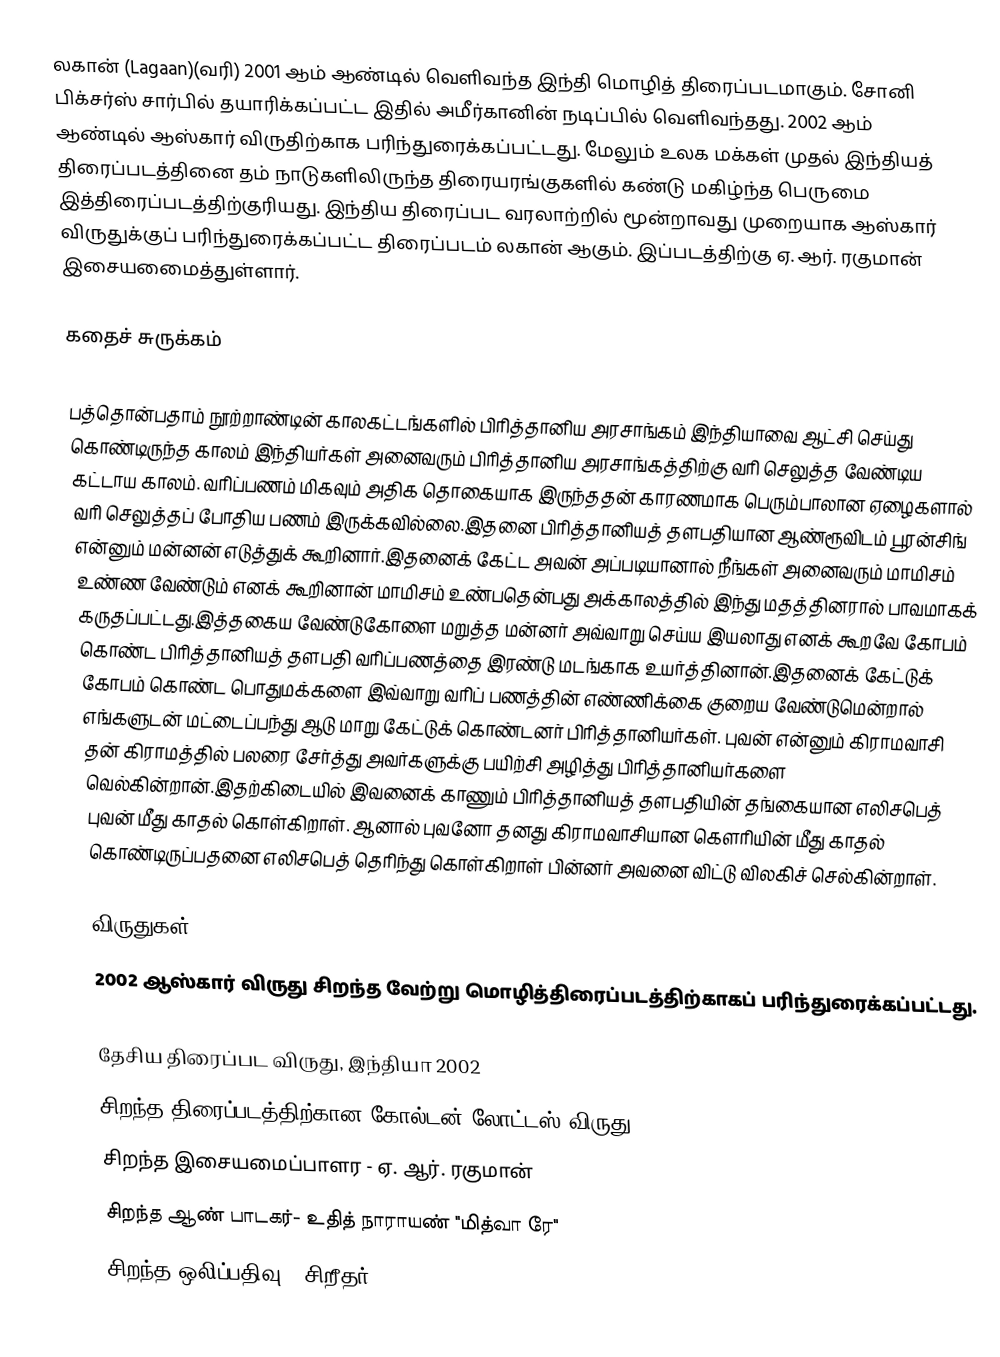
லகான் (Lagaan)(வரி)  2001 ஆம் ஆண்டில் வெளிவந்த இந்தி மொழித் திரைப்படமாகும். சோனி பிக்சர்ஸ் சார்பில் தயாரிக்கப்பட்ட இதில் அமீர்கானின் நடிப்பில் வெளிவந்தது. 2002 ஆம் ஆண்டில் ஆஸ்கார் விருதிற்காக பரிந்துரைக்கப்பட்டது.  மேலும் உலக மக்கள் முதல் இந்தியத் திரைப்படத்தினை தம் நாடுகளிலிருந்த திரையரங்குகளில் கண்டு மகிழ்ந்த பெருமை இத்திரைப்படத்திற்குரியது. இந்திய திரைப்பட வரலாற்றில் மூன்றாவது முறையாக ஆஸ்கார் விருதுக்குப் பரிந்துரைக்கப்பட்ட திரைப்படம் லகான் ஆகும். இப்படத்திற்கு ஏ. ஆர். ரகுமான் இசையமைைத்துள்ளார்.

கதைச் சுருக்கம்

பத்தொன்பதாம் நூற்றாண்டின் காலகட்டங்களில் பிரித்தானிய அரசாங்கம் இந்தியாவை ஆட்சி செய்து கொண்டிருந்த காலம் இந்தியர்கள் அனைவரும் பிரித்தானிய அரசாங்கத்திற்கு வரி செலுத்த வேண்டிய கட்டாய காலம். வரிப்பணம் மிகவும் அதிக தொகையாக இருந்ததன் காரணமாக பெரும்பாலான ஏழைகளால் வரி செலுத்தப் போதிய பணம் இருக்கவில்லை.இதனை பிரித்தானியத் தளபதியான ஆண்ரூவிடம் பூரன்சிங் என்னும் மன்னன் எடுத்துக் கூறினார்.இதனைக் கேட்ட அவன் அப்படியானால் நீங்கள் அனைவரும் மாமிசம் உண்ண வேண்டும் எனக் கூறினான் மாமிசம் உண்பதென்பது அக்காலத்தில் இந்து மதத்தினரால் பாவமாகக் கருதப்பட்டது.இத்தகைய வேண்டுகோளை மறுத்த மன்னர் அவ்வாறு செய்ய இயலாது எனக் கூறவே கோபம் கொண்ட பிரித்தானியத் தளபதி வரிப்பணத்தை இரண்டு மடங்காக உயர்த்தினான்.இதனைக் கேட்டுக் கோபம் கொண்ட பொதுமக்களை இவ்வாறு வரிப் பணத்தின் எண்ணிக்கை குறைய வேண்டுமென்றால் எங்களுடன் மட்டைப்பந்து ஆடு மாறு கேட்டுக் கொண்டனர் பிரித்தானியர்கள். புவன் என்னும் கிராமவாசி தன் கிராமத்தில் பலரை சேர்த்து அவர்களுக்கு பயிற்சி அழித்து பிரித்தானியர்களை வெல்கின்றான்.இதற்கிடையில் இவனைக் காணும் பிரித்தானியத் தளபதியின் தங்கையான எலிசபெத் புவன் மீது காதல் கொள்கிறாள். ஆனால் புவனோ தனது கிராமவாசியான கௌரியின் மீது காதல் கொண்டிருப்பதனை எலிசபெத் தெரிந்து கொள்கிறாள் பின்னர் அவனை விட்டு விலகிச் செல்கின்றாள்.

விருதுகள்
 2002 ஆஸ்கார் விருது சிறந்த வேற்று மொழித்திரைப்படத்திற்காகப் பரிந்துரைக்கப்பட்டது.

தேசிய திரைப்பட விருது, இந்தியா 2002
 சிறந்த திரைப்படத்திற்கான கோல்டன் லோட்டஸ் விருது
 சிறந்த இசையமைப்பாளர - ஏ. ஆர். ரகுமான்
 சிறந்த ஆண் பாடகர்- உதித் நாராயண் "மித்வா ரே"
 சிறந்த ஒலிப்பதிவு - சிறீதர்,